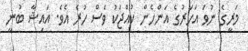
މަރީގެ ނުވަ އަހަރުގެ އަންހެން ކުއްޖަކު ވެސް ހުރެ އެވެ. އައިޝާ ބުނީ